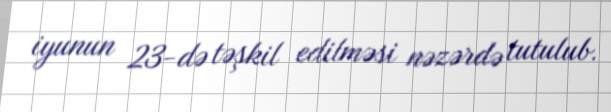
iyunun 23-də təşkil edilməsi nəzərdə tutulub.